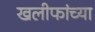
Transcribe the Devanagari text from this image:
खलीफांच्या